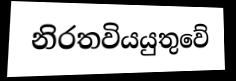
නිරතවියයුතුවේ